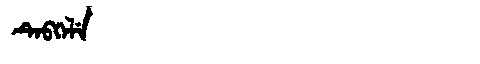
Manchu: ᡨᡝᠪᡴᡝᠯᡝ
Romanization: TEBKELE